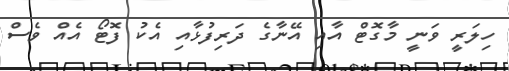
ހިލަރީ ވަނީ މާގޮޓް އާއި އޭނާގެ ދަރިފުޅާއި އެކު ފޮޓޯ އެއް ވެސް